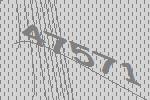
47571